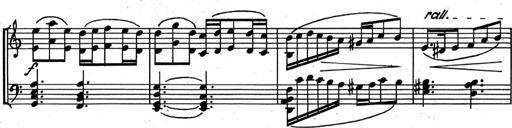
Title: Kleine Sonate
Composer: Raoul Koczalski
Key: C major